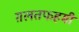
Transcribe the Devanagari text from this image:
ग़लतफहमी